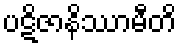
ပဋိဇာနိဿာမီတိ